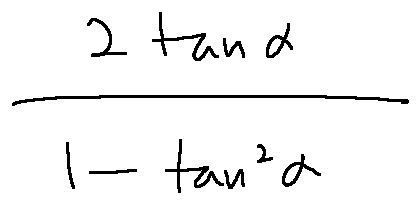
\frac { 2 \tan \alpha } { 1 - \tan ^ { 2 } \alpha }